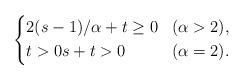
LaTeX: \begin{align*}\left\{\begin{aligned}&2(s-1) / \alpha + t \geq 0 & (\alpha > 2), \\&t > 0 s+t > 0 & (\alpha = 2).\end{aligned}\right. \end{align*}